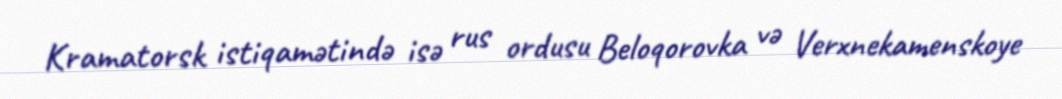
Kramatorsk istiqamətində isə rus ordusu Beloqorovka və Verxnekamenskoye